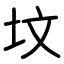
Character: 坟